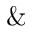
\&